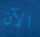
الآن